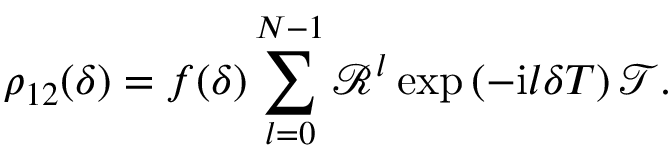
\rho _ { 1 2 } ( \delta ) = f ( \delta ) \sum _ { l = 0 } ^ { N - 1 } \mathcal { R } ^ { l } \exp \left( - \mathrm { i } l \delta T \right) \mathcal { T } .